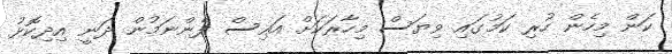
ކަން މިހެން ހުރި ކަމުގައި ވިޔަސް މިހާރަކަށް އައިސް ފެންނަމުން ދަނީ އިދިކޮޅު